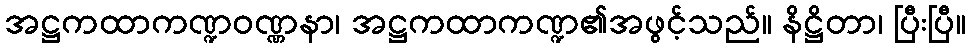
အဋ္ဌကထာကဏ္ဍဝဏ္ဏနာ၊ အဋ္ဌကထာကဏ္ဍ၏အဖွင့်သည်။ နိဋ္ဌိတာ၊ ပြီးပြီ။